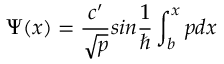
\Psi ( x ) = \frac { c ^ { \prime } } { \sqrt { p } } s i n \frac { 1 } { \hbar } \int _ { b } ^ { x } p d x